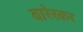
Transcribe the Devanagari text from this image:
वारेरकर